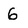
Character: 6